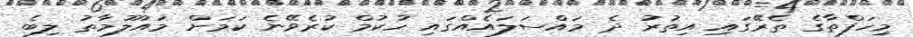
މިހަފްތާގެ ތެރޭގައި އިތުރު ދެ މައްސަލައެއްގައި ހުކުމް ކުރެވޭނެ ކަމަށް މައުލޫމާތު ލިބެ